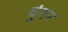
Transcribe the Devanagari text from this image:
युंनन